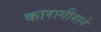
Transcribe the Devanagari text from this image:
कारागीराने